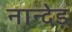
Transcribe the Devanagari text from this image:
नान्देड़